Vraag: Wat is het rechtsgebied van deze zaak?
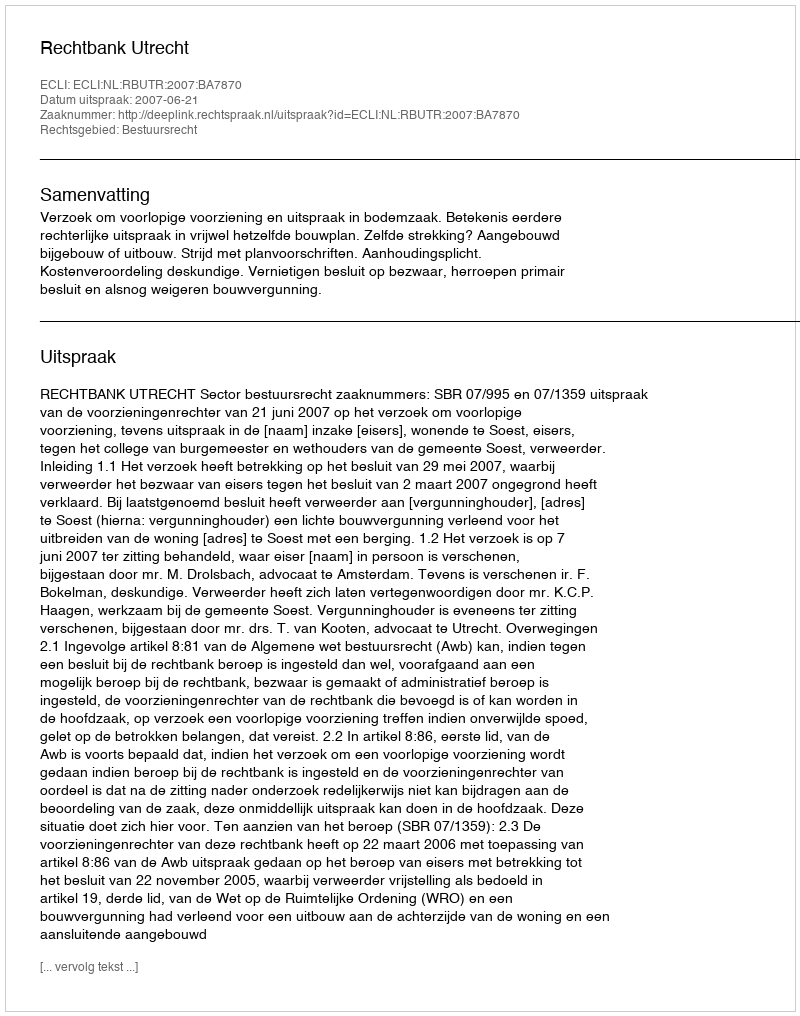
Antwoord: Bestuursrecht